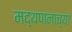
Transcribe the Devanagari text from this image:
मद्यपानाच्या